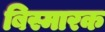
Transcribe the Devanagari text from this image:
बिस्मारक